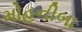
મોહનીબા